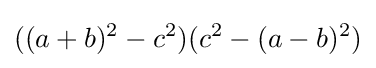
((a+b)^{2}-c^{2})(c^{2}-(a-b)^{2})